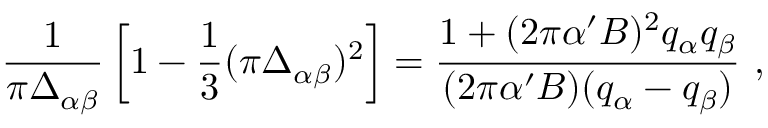
{ \frac { 1 } { \pi \Delta _ { \alpha \beta } } } \left[ 1 - { \frac { 1 } { 3 } } ( \pi \Delta _ { \alpha \beta } ) ^ { 2 } \right] = { \frac { 1 + ( 2 \pi \alpha ^ { \prime } B ) ^ { 2 } q _ { \alpha } q _ { \beta } } { ( 2 \pi \alpha ^ { \prime } B ) ( q _ { \alpha } - q _ { \beta } ) } } ~ ,